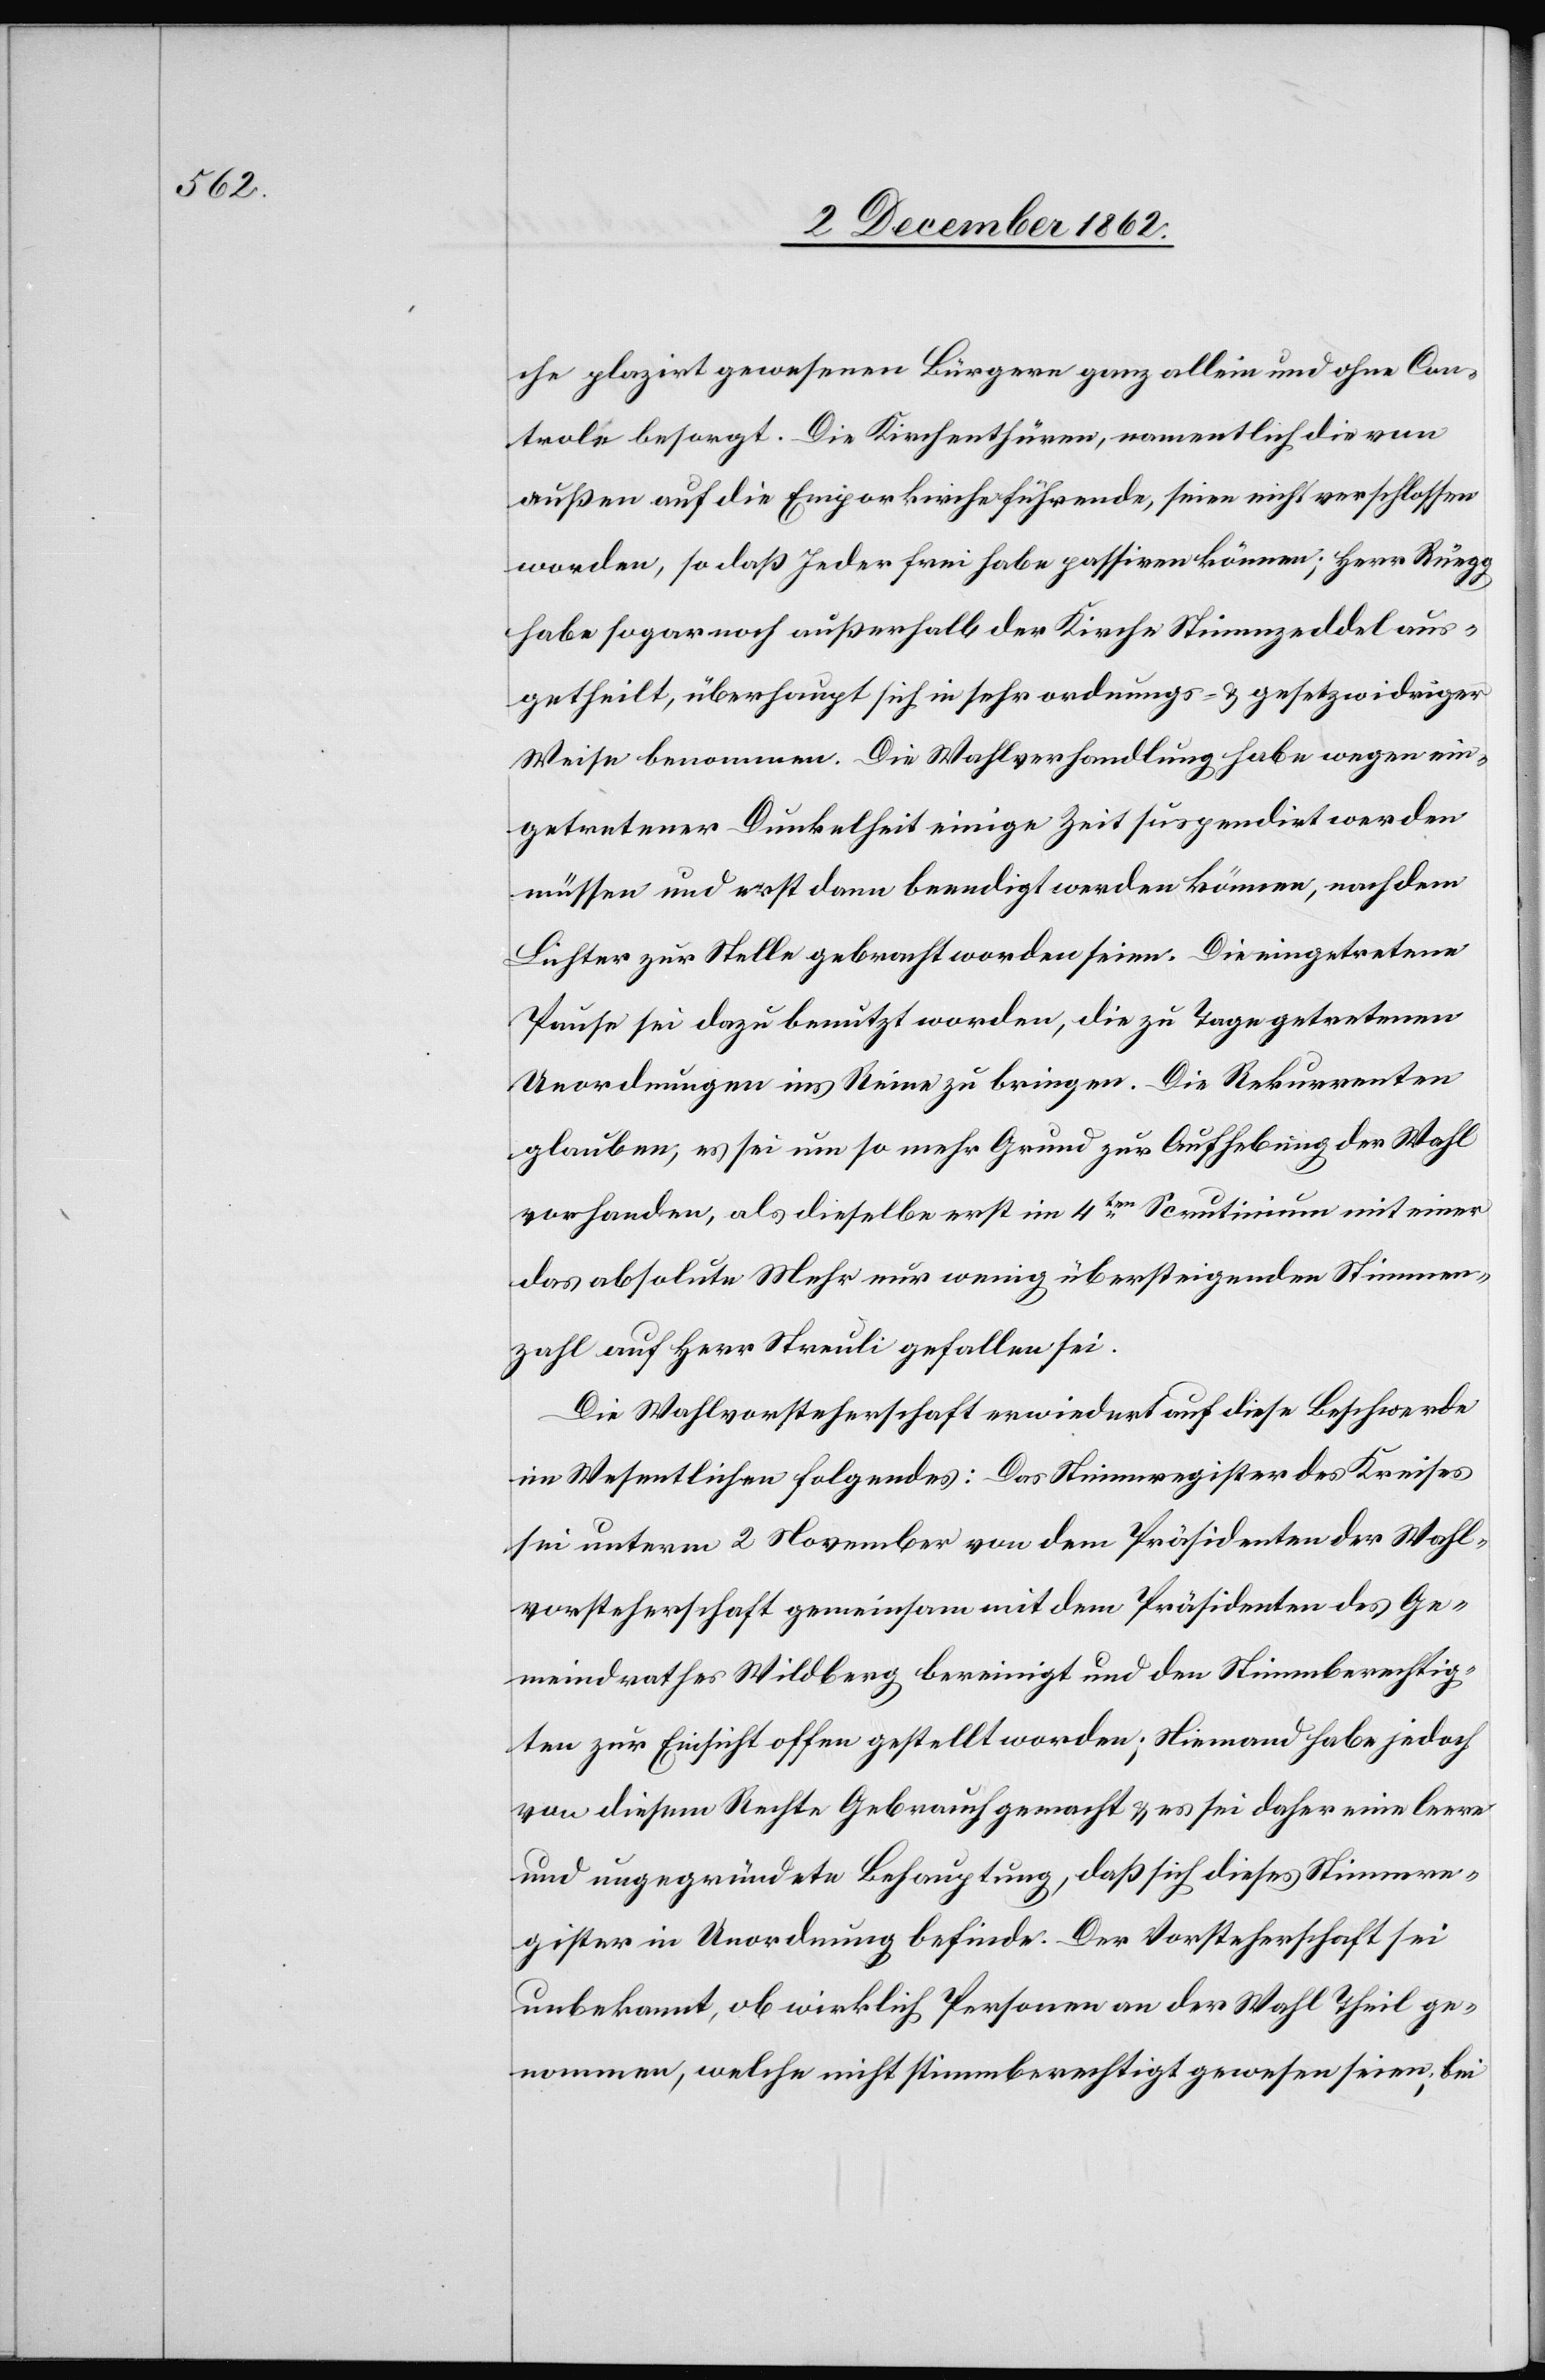
che plazirt gewesenen Bürgern ganz allein und ohne Con¬
trole besorgt. Die Kirchenthüren, namentlich die von
außen auf die Emporkirche führende, seien nicht verschlossen
worden, so daß Jeder frei haben passiren können; Herr Rüegg
habe sogar noch außerhalb der Kirche Stimmzeddel aus¬
getheilt, überhaupt sich in sehr ordnungs- u. gesetzwidriger
Weise benommen. Die Wahlverhandlung habe wegen ein¬
getretener Dunkelheit einige Zeit suspendirt werden
müssen und erst dann beendigt werden können, nachdem
Lichter zur Stelle gebracht worden seien. Die eingetretene
Pause sei dazu benutzt worden, die zu Tage getretenen
Unordnungen ins Reine zu bringen. Die Rekurrenten
glauben, es sei um so mehr Grund zur Aufhebung der Wahl
vorhanden, als dieselbe erst im 4ten Scrutinium mit einer
das absolute Mehr nur wenig übersteigenden Stimmen¬
zahl auf Herr Streuli gefallen sei.
Die Wahlvorsteherschaft erwiedert auf diese Beschwerde
im Wesentlichen folgendes: Das Stimmregister des Kreises
sei unterm 2. November von dem Präsidenten der Wahl¬
vorsteherschaft gemeinsam mit dem Präsidenten des Ge¬
meindrathes Wildberg bereinigt und den Stimmberechtig¬
ten zur Einsicht offen gestellt worden; Niemand habe jedoch
von diesem Rechte Gebrauch gemacht u. es sei daher eine leere
und ungegründete Behauptung, daß sich dieses Stimmre¬
gister in Unordnung befinde. Der Vorsteherschaft sei
unbekannt, ob wirklich Personen an der Wahl Theil ge¬
nommen, welche nicht stimmberechtigt gewesen seien, bei